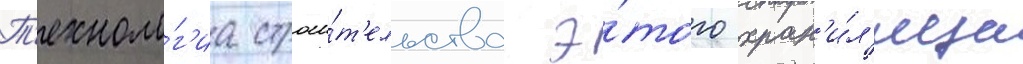
Т'ехноло́г'иа строи́т'ельства э́того хран'и́л'ища